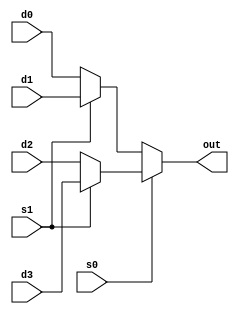
module mux4_1(d0,d1,d2,d3,s0,s1,out);

input d0,d1,d2,d3;
input s0,s1;
output out;

assign out = s0?(s1?d3:d2):(s1?d1:d0);

endmodule